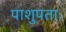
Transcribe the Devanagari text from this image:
पाशुपताः